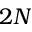
2 N